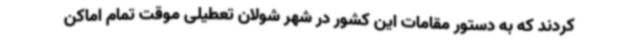
کردند که به دستور مقامات این کشور در شهر شولان تعطیلی موقت تمام اماکن